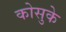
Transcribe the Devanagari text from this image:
कोसुके